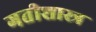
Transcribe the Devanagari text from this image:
गतीशास्त्र